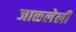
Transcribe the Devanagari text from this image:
जाळलेली